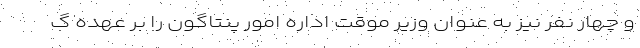
و چهار نفر نیز به عنوان وزیر موقت اداره امور پنتاگون را بر عهده گ